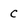
Character: C